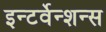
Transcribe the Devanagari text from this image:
इन्टर्वेन्शन्स